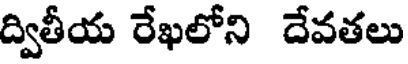
ద్వితీయ రేఖలోని దేవతలు